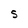
Character: S